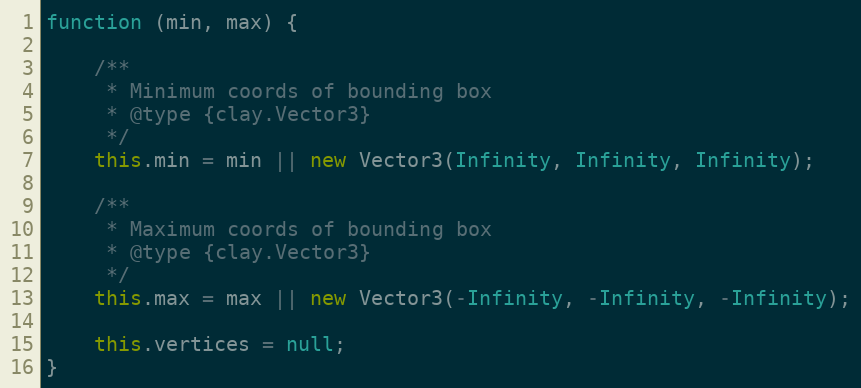
Language: JavaScript
function (min, max) {

    /**
     * Minimum coords of bounding box
     * @type {clay.Vector3}
     */
    this.min = min || new Vector3(Infinity, Infinity, Infinity);

    /**
     * Maximum coords of bounding box
     * @type {clay.Vector3}
     */
    this.max = max || new Vector3(-Infinity, -Infinity, -Infinity);

    this.vertices = null;
}